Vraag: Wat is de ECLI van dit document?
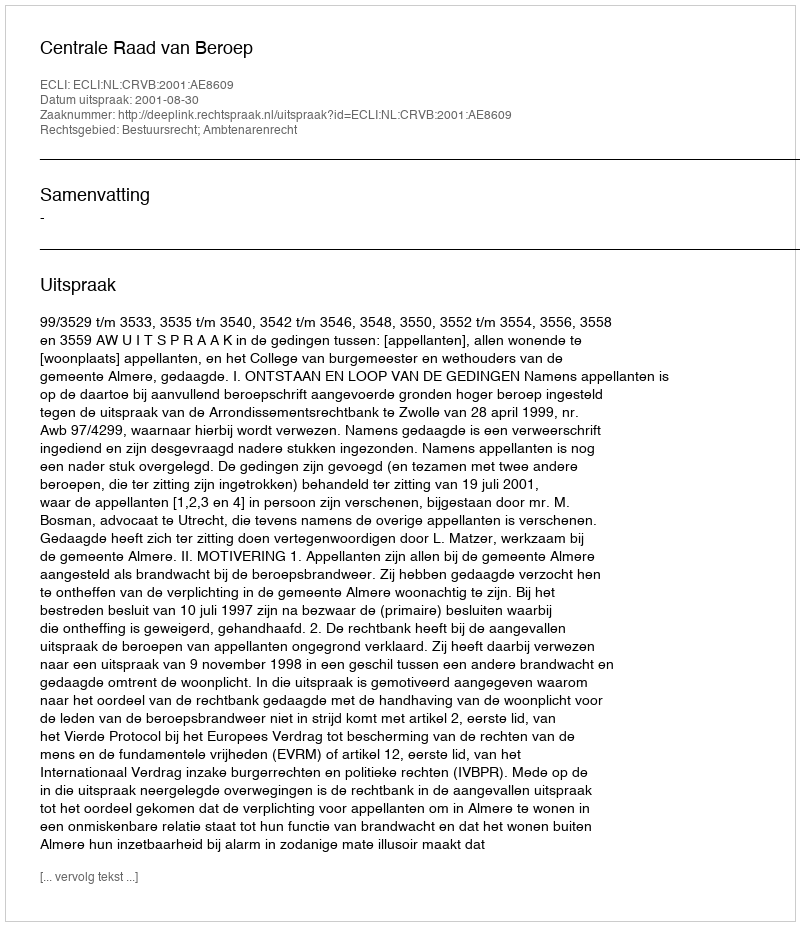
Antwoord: ECLI:NL:CRVB:2001:AE8609